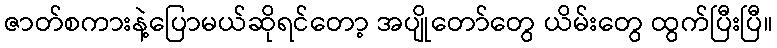
ဇာတ်စကားနဲ့ပြောမယ်ဆိုရင်တော့ အပျိုတော်တွေ ယိမ်းတွေ ထွက်ပြီးပြီ။